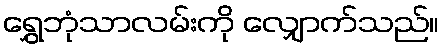
ရွှေဘုံသာလမ်းကို လျှောက်သည်။